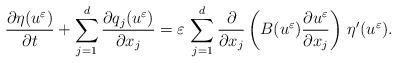
LaTeX: \begin{align*} \frac{\partial \eta(u^{\varepsilon})}{\partial t} + \displaystyle\sum_{j=1}^{d}\frac{\partial q_{j}(u^{\varepsilon})}{\partial x_{j}} = \varepsilon\,\displaystyle\sum_{j=1}^{d}\frac{\partial }{\partial x_{j}}\left(B(u^{\varepsilon})\frac{\partial u^{\varepsilon}}{\partial x_{j}}\right)\,\eta^{\prime}(u^{\varepsilon}).\end{align*}